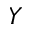
\boldsymbol { Y }